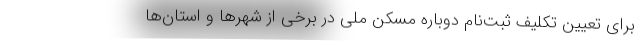
برای تعیین تکلیف ثبت‌نام دوباره مسکن ملی در برخی از شهرها و استان‌ها